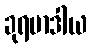
ခုရမာဒါယ